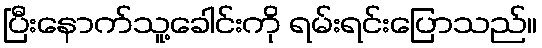
ပြီးနောက်သူ့ခေါင်းကို ရမ်းရင်းပြောသည်။